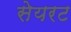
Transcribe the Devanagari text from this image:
सेयरट